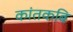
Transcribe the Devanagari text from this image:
कांतकबि